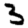
Digit: 3